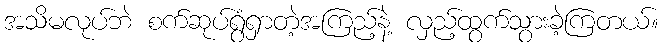
အသိမလုပ်ဘဲ စက်ဆုပ်ရွံရှာတဲ့အကြည့်နဲ့ လှည့်ထွက်သွားခဲ့ကြတယ်။